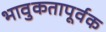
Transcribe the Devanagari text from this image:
भावुकतापूर्वक